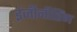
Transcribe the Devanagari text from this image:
इंजीनीरिंग